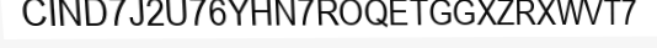
CIND7J2U76YHN7ROQETGGXZRXWVT7